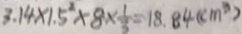
3 . 1 4 \times 1 . 5 ^ { 2 } \times 8 \times \frac { 1 } { 3 } = 1 8 . 8 4 ( c m ^ { 2 } )